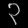
Digit: ၃